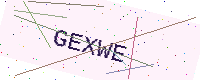
Text: GEXWE